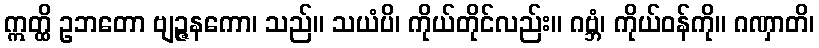
ဣတ္ထိ ဥဘတော ဗျဉ္ဇနကော၊ သည်။ သယံပိ၊ ကိုယ်တိုင်လည်း။ ဂဗ္ဘံ၊ ကိုယ်ဝန်ကို။ ဂဏှာတိ၊